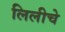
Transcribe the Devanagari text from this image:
लिलीचे